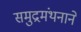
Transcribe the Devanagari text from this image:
समुद्रमंथनाने